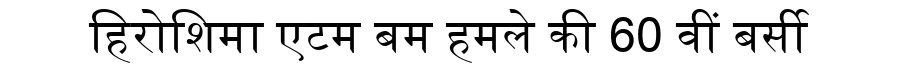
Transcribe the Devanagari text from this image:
हिरोशिमा एटम बम हमले की 60 वीं बर्सी